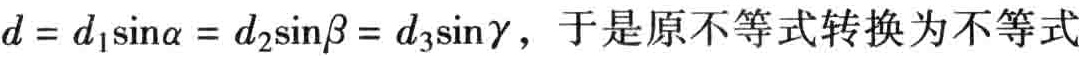
\(d = d_{1}\sin\alpha = d_{2}\sin\beta = d_{3}\sin\gamma\)，于是原不等式转换为不等式